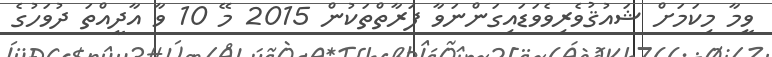
ވީމާ މިކަމަށް ޝައުޤުވެރިވެވަޑައިގަންނަވާ ފަރާތްތަކުން 2015 މޭ 10 ވާ އާދީއްތަ ދުވަހުގެ